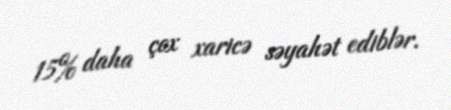
15% daha çox xaricə səyahət ediblər.